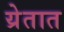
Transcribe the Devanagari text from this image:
य्रेतात